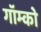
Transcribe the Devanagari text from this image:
गॉम्को